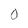
Character: 0